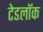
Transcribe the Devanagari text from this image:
टेडलॉक